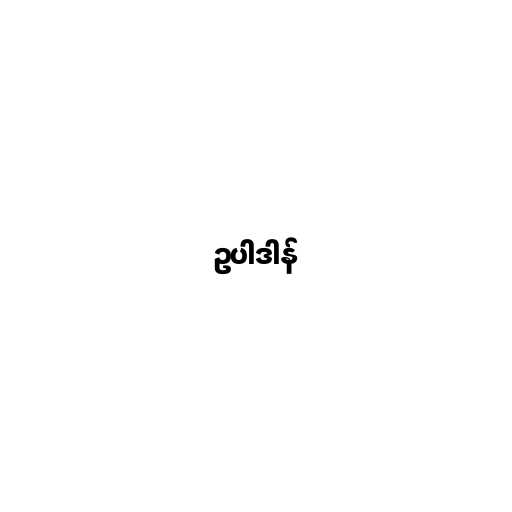
ဥပါဒါန်